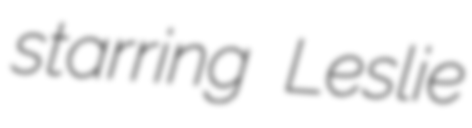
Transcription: starring Leslie